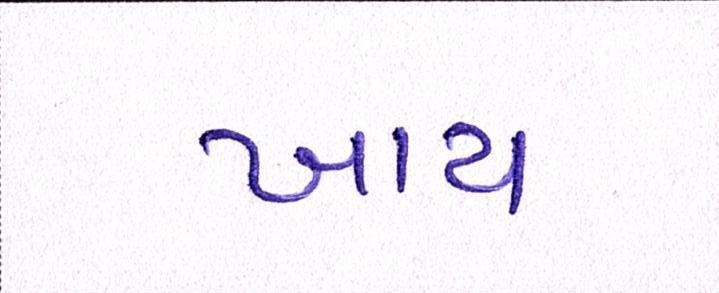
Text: ખાય